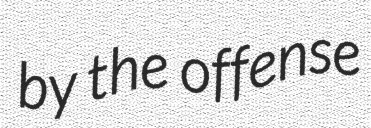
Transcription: by the offense